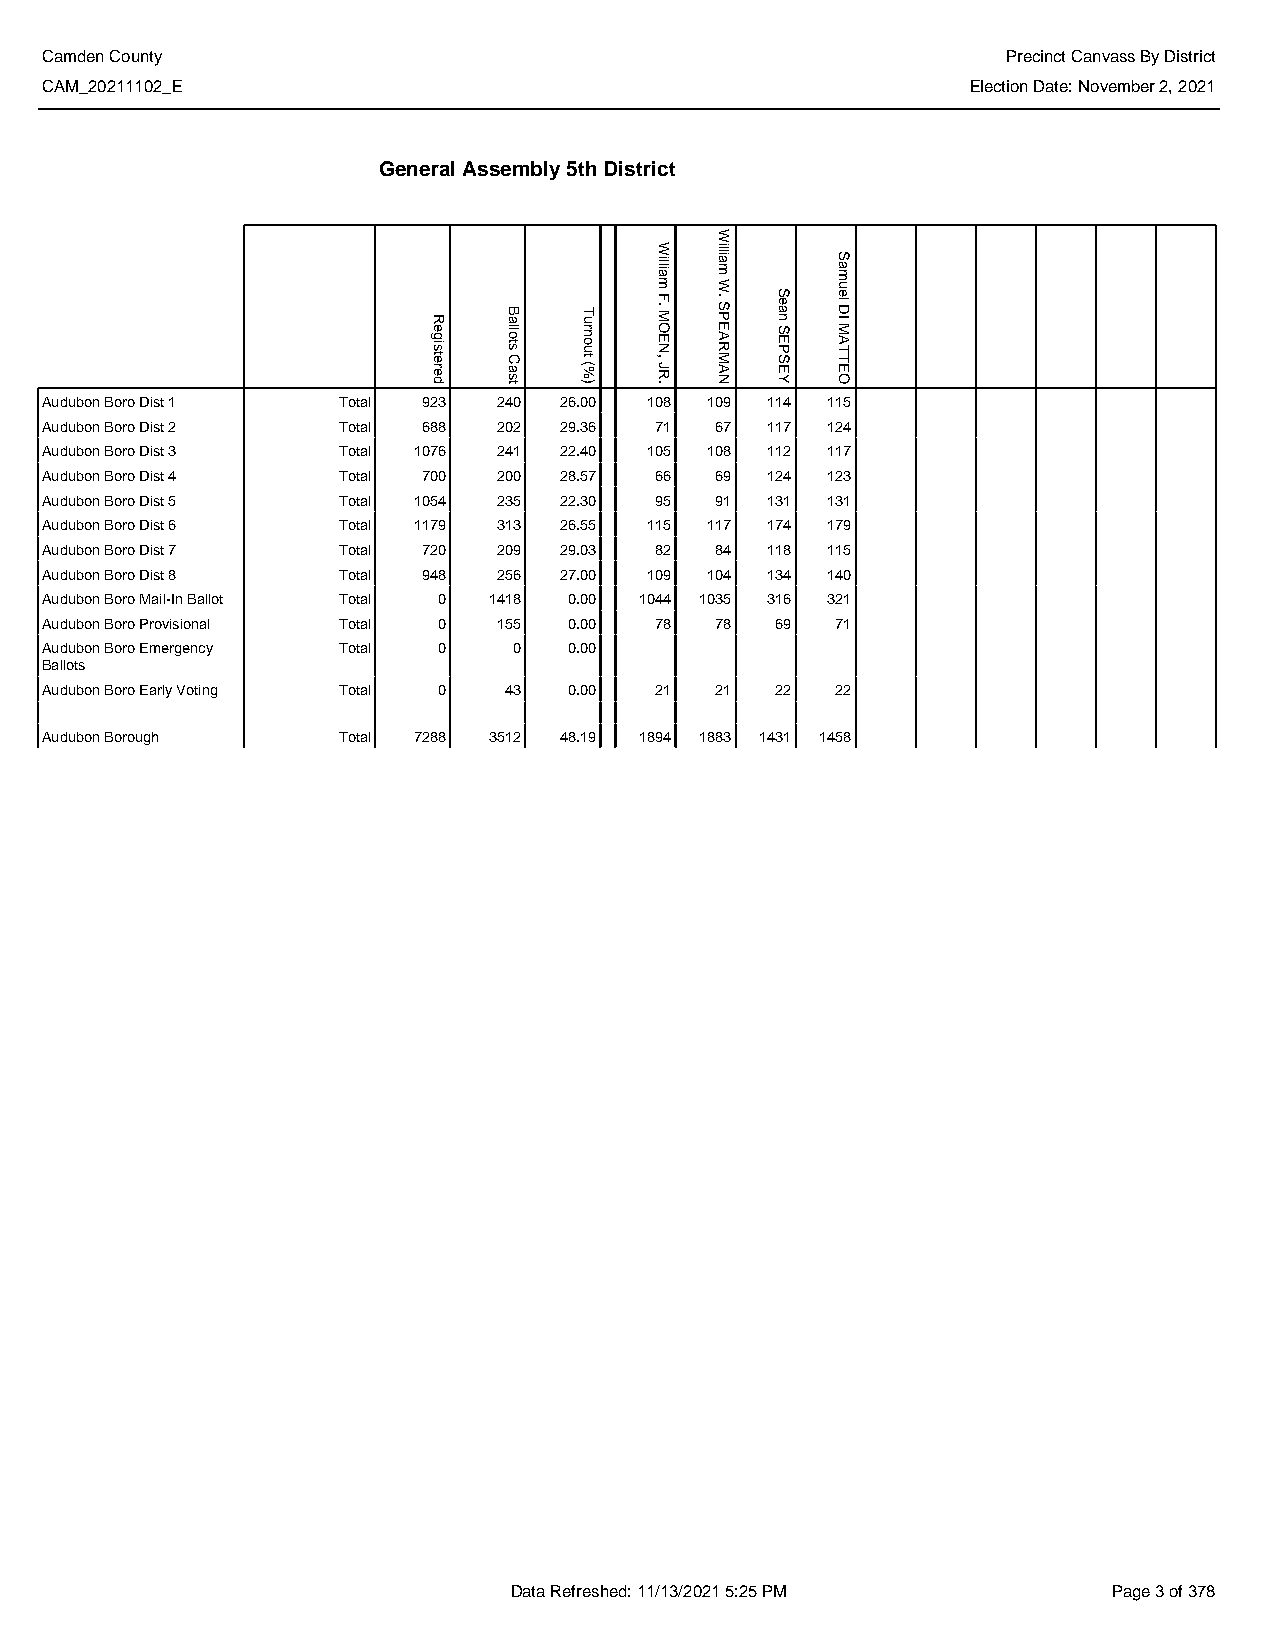
Camden County                                                   Precinct Canvass By District
 CAM_20211102_E                                               Election Date: November 2, 2021
 General Assembly 5th District
 Audubon Boro Dist 1 Total 923 240 26.00 108 109 114 115
 Audubon Boro Dist 2 Total 688 202 29.36 71  67  117 124
 Audubon Boro Dist 3 Total 1076 241 22.40 105 108 112 117
 Audubon Boro Dist 4 Total 700 200 28.57 66  69  124 123
 Audubon Boro Dist 5 Total 1054 235 22.30 95 91  131 131
 Audubon Boro Dist 6 Total 1179 313 26.55 115 117 174 179
 Audubon Boro Dist 7 Total 720 209 29.03 82  84  118 115
 Audubon Boro Dist 8 Total 948 256 27.00 109 104 134 140
 Audubon Boro Mail-In Ballot Total 0 1418 0.00 1044 1035 316 321
 Audubon Boro Provisional Total 0 155 0.00 78 78 69  71
 Audubon Boro Emergency Total 0 0   0.00
 Ballots
 Audubon Boro Early Voting Total 0 43 0.00 21 21 22  22
 Audubon Borough    Total 7288 3512 48.19 1894 1883 1431 1458
 Data Refreshed: 11/13/2021 5:25 PM      Page 3 of 378
 Registered Ballots
 Cast
 Turnout
 (%)
 William
 F.
 MOEN,
 JR.
 William
 W.
 SPEARMAN
 Sean
 SEPSEY
 Samuel
 DI
 MATTEO